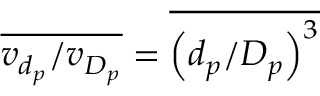
\overline { { v _ { d _ { p } } / v _ { D _ { p } } } } = \overline { { \left( d _ { p } / D _ { p } \right) ^ { 3 } } }